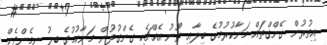
އިތުރުން ގޭންގްތައް މަނާކުރުމުގެ ބިލާއި ތޫނު އެއްޗެހި ގެންގުޅުން މަނާކުމުގެ ބިލު ނިމެންދެން